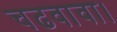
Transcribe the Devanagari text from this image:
चढवावा।